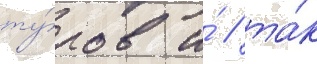
ту́ров и́ / та́к